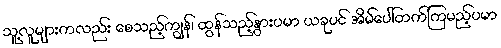
သူ့လူများကလည်း စေသည့်ကျွန်၊ ထွန်သည့်နွားပမာ ယခုပင် အိမ်ပေါ်တက်ကြမည့်ပမာ